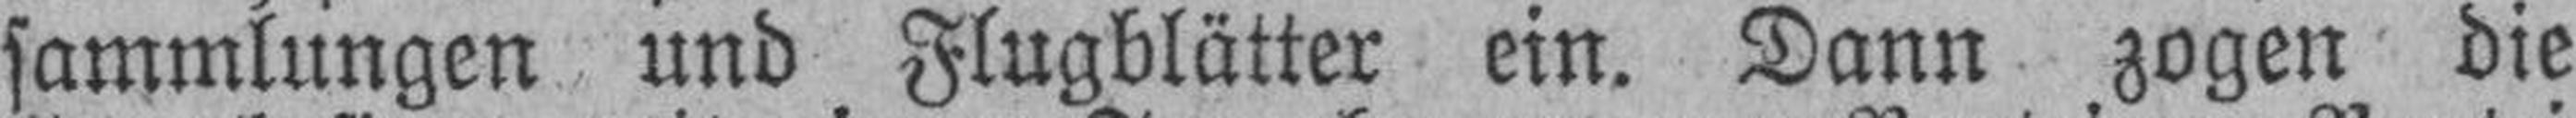
sammlungen und Flugblätter ein. Dann zogen die